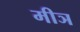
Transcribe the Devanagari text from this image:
मीञ